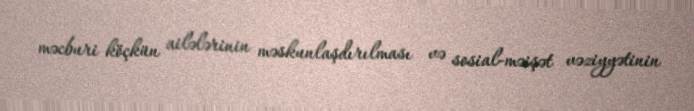
məcburi köçkün ailələrinin məskunlaşdırılması və sosial-məişət vəziyyətinin